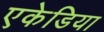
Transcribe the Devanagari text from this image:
एकेडिया